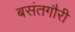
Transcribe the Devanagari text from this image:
बसंतगौरी